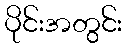
ပိုင်းအတွင်း